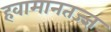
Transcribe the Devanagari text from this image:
हवामानतज्ज्ञ